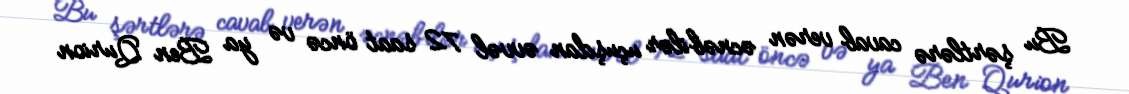
Bu şərtlərə cavab verən əcnəbilər uçuşdan əvvəl 72 saat öncə və ya Ben Qurion